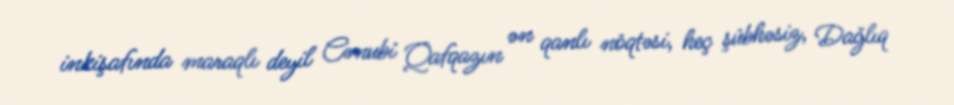
inkişafında maraqlı deyil Cənubi Qafqazın ən qanlı nöqtəsi, heç şübhəsiz, Dağlıq